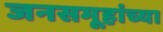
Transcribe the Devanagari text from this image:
जनसमूहांच्या